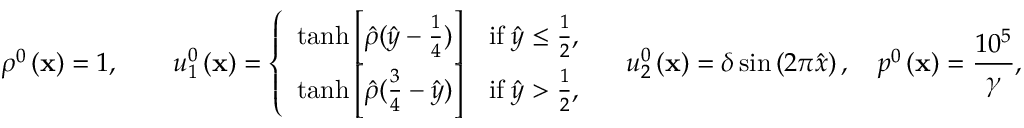
\rho ^ { 0 } \left( \mathbf { x } \right) = 1 , \qquad { u } _ { 1 } ^ { 0 } \left( \mathbf { x } \right) = \left\lbrace \begin{array} { l c } { \operatorname { t a n h } \left[ \hat { \rho } ( \hat { y } - \frac { 1 } { 4 } ) \right] } & { \mathrm { i f } \; \hat { y } \le \frac { 1 } { 2 } , } \\ { \operatorname { t a n h } \left[ \hat { \rho } ( \frac { 3 } { 4 } - \hat { y } ) \right] } & { \mathrm { i f } \; \hat { y } > \frac { 1 } { 2 } , } \end{array} \right. \quad { u } _ { 2 } ^ { 0 } \left( \mathbf { x } \right) = \delta \sin \left( 2 \pi \hat { x } \right) , \quad p ^ { 0 } \left( \mathbf { x } \right) = \frac { 1 0 ^ { 5 } } { \gamma } ,